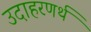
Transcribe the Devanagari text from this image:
उदाहरणर्थ